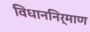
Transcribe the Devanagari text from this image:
विधाननिर्माण